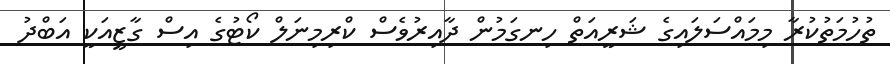
ތުހުމަތުކުރާ މިމައްސަލައިގެ ޝަރީއަތް ހިނގަމުން ދާއިރުވެސް ކްރިމިނަލް ކޯޓުގެ އިސް ގާޒީއަކީ އަބްދު